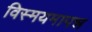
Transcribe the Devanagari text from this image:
विस्मयमापन्न